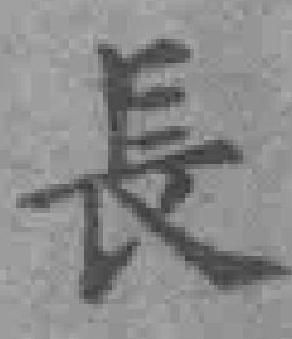
長